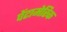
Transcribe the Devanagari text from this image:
पेंटामेरिक